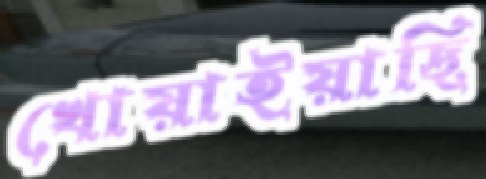
খোয়াইয়াছি